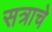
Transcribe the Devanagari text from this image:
सत्राचे